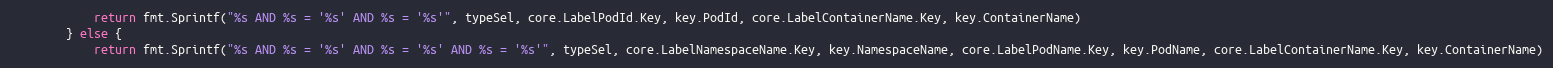
Language: Go
			return fmt.Sprintf("%s AND %s = '%s' AND %s = '%s'", typeSel, core.LabelPodId.Key, key.PodId, core.LabelContainerName.Key, key.ContainerName)
		} else {
			return fmt.Sprintf("%s AND %s = '%s' AND %s = '%s' AND %s = '%s'", typeSel, core.LabelNamespaceName.Key, key.NamespaceName, core.LabelPodName.Key, key.PodName, core.LabelContainerName.Key, key.ContainerName)